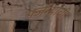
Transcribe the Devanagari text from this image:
पर्जन्याची